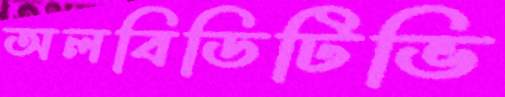
অলবিডিটিভি